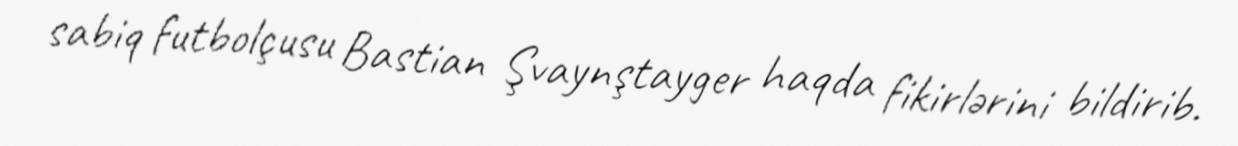
sabiq futbolçusu Bastian Şvaynştayger haqda fikirlərini bildirib.